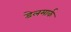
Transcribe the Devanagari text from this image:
डेलमार्क